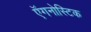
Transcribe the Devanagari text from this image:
ऍगनोस्टिक